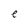
Character: e